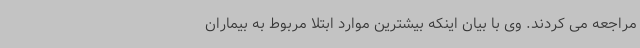
مراجعه می کردند. وی با بیان اینکه بیشترین موارد ابتلا مربوط به بیماران